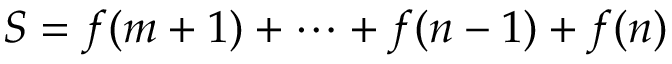
S = f ( m + 1 ) + \cdots + f ( n - 1 ) + f ( n )